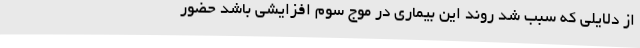
از دلایلی که سبب شد روند این بیماری در موج سوم افزایشی باشد حضور